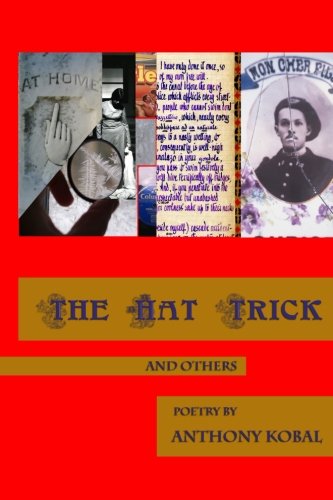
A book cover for The Hat Trick; Anthony Kobal; Gay & Lesbian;